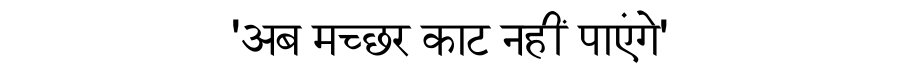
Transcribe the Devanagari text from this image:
'अब मच्छर काट नहीं पाएंगे'